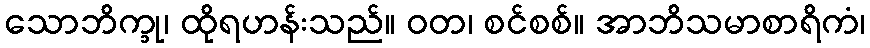
သောဘိက္ခု၊ ထိုရဟန်းသည်။ ဝတ၊ စင်စစ်။ အာဘိသမာစာရိကံ၊